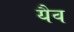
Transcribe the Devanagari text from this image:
यैव